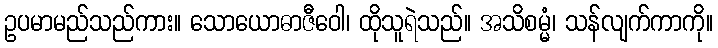
ဥပမာမည်သည်ကား။ သောယောဓာဇီဝေါ၊ ထိုသူရဲသည်။ အသိစမ္မံ၊ သန်လျက်ကာကို။